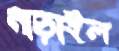
নাড়াইল